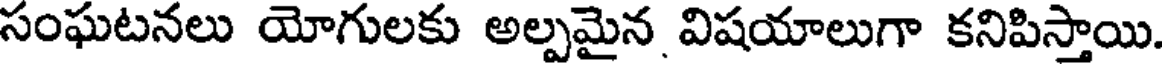
సంఘటనలు యోగులకు అల్పమైన విషయాలుగా కనిపిస్తాయి.